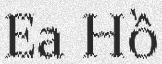
Ea Hồ